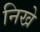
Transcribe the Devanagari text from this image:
निखे